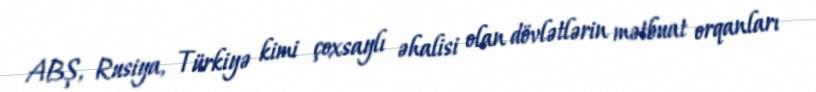
ABŞ, Rusiya, Türkiyə kimi çoxsaylı əhalisi olan dövlətlərin mətbuat orqanları